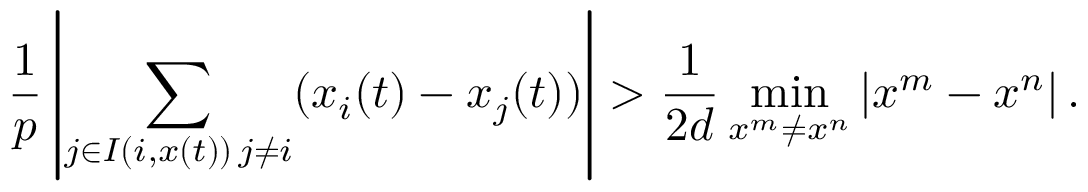
\frac { 1 } { p } \left| \sum _ { \substack { j \in I ( i , x ( t ) ) \, j \neq i } } ( x _ { i } ( t ) - x _ { j } ( t ) ) \right| > \frac { 1 } { 2 d } \operatorname* { m i n } _ { x ^ { m } \neq x ^ { n } } | x ^ { m } - x ^ { n } | \, .